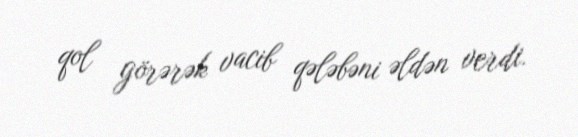
qol görərək vacib qələbəni əldən verdi.